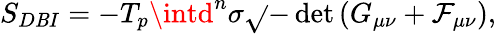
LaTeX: S_{D\mathit{B}I}=-T_{p}\intd^{n}\sigma\sqrt{}{{-\operatorname*{det}{\left(G_{\mu\nu}+\cal{F}_{\mu\nu}\right)}}},